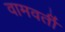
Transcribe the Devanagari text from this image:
वामवर्ती